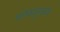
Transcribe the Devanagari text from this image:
शंखासुरास